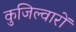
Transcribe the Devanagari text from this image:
कुजिल्वारों